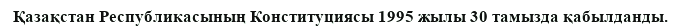
Қазақстан Республикасының Конституциясы 1995 жылы 30 тамызда қабылданды.